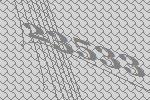
23533